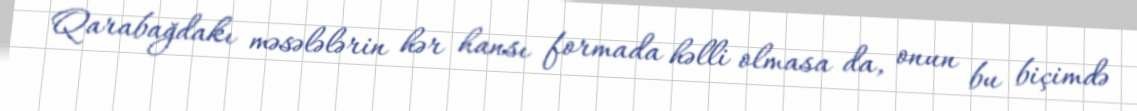
Qarabağdakı məsələlərin hər hansı formada həlli olmasa da, onun bu biçimdə